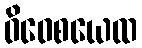
ဝိဝေစယေထ